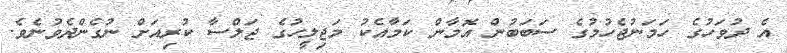
އެ ދުވަހުގެ ހަމަނުޖެހުމުގެ ސަބަބުން އޮމާން ކަމާއެކު މަޖިލީހުގެ ޖަލްސާ ކުރިއަށް ނުގެންދެވުނެވެ.